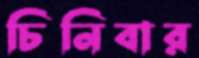
চিনিবার